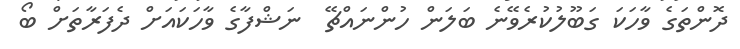
ދޮންތަގެ ވާހަކަ ގަބޫލުކުރެވޭނެ ބަލަން ހުންނައްޗޭ  ނަޝްފާގެ ވާހަކައަށް ދެފަރާތަށް ބޯ